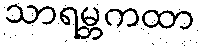
သာရမ္ဘကထာ